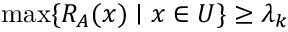
\operatorname* { m a x } \{ R _ { A } ( x ) \mid x \in U \} \geq \lambda _ { k }